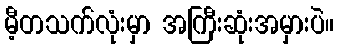
မီ့တသက်လုံးမှာ အကြီးဆုံးအမှားပဲ။